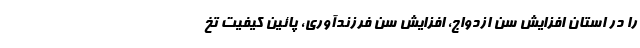
را در استان افزایش سن ازدواج، افزایش سن فرزندآوری، پائین کیفیت تخ